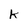
Character: K